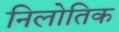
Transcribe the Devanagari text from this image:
निलोतिक